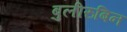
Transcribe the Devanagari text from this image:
बुलीरुबिन